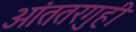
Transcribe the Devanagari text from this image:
आंततरगुही